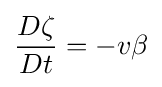
{\frac {D\zeta }{Dt}}=-v\beta